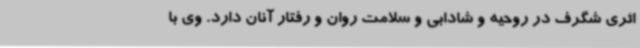
اثری شگرف در روحیه و شادابی و سلامت روان و رفتار آنان دارد. وی با